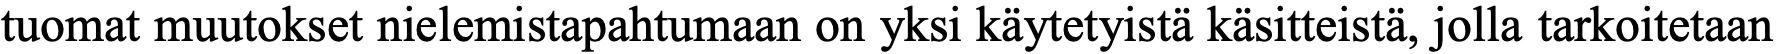
tuomat muutokset nielemistapahtumaan on yksi käytetyistä käsitteistä, jolla tarkoitetaan